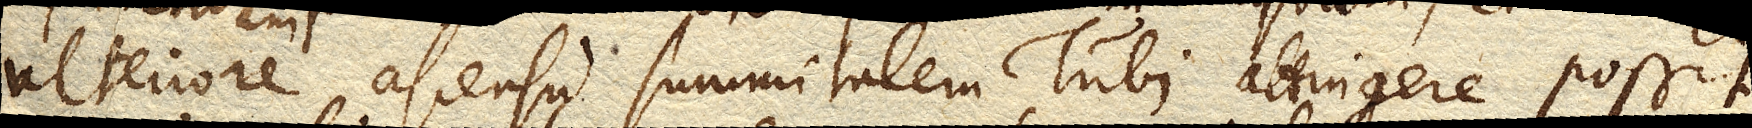
ulteriore ascensu summitatem Tubi attingere possit